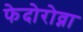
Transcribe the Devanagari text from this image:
फेदोरोव्ना